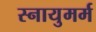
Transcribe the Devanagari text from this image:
स्नायुमर्म